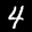
Label: 4